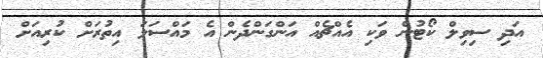
އަދި ސިވިލް ކޯޓުން ވަކި އެއްޗެއް އަންގަންދެން އެ މައްސަލަ އިތުރަށް ކުރިއަށް